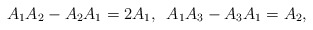
\begin{align*}A_{1}A_{2}-A_{2}A_{1}=2A_{1},\,\,\, A_{1}A_{3}-A_{3}A_{1}=A_{2},\end{align*}